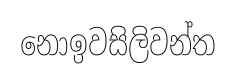
නොඉවසිලිවන්ත